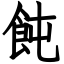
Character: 飩